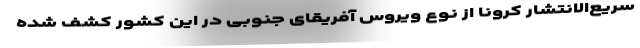
سریع‌الانتشار کرونا از نوع ویروس آفریقای جنوبی در این کشور کشف شده